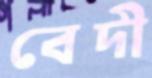
বেদী